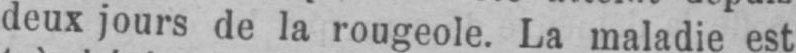
deux jours de la rougeole. La maladie est